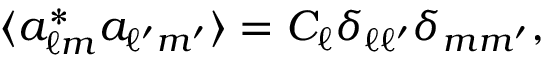
\langle a _ { \ell m } ^ { * } a _ { \ell ^ { \prime } m ^ { \prime } } \rangle = C _ { \ell } \delta _ { \ell \ell ^ { \prime } } \delta _ { m m ^ { \prime } } ,